NAE_ERA_R-2078_Sihtasutus_Eesti_Kontsert, lk 169
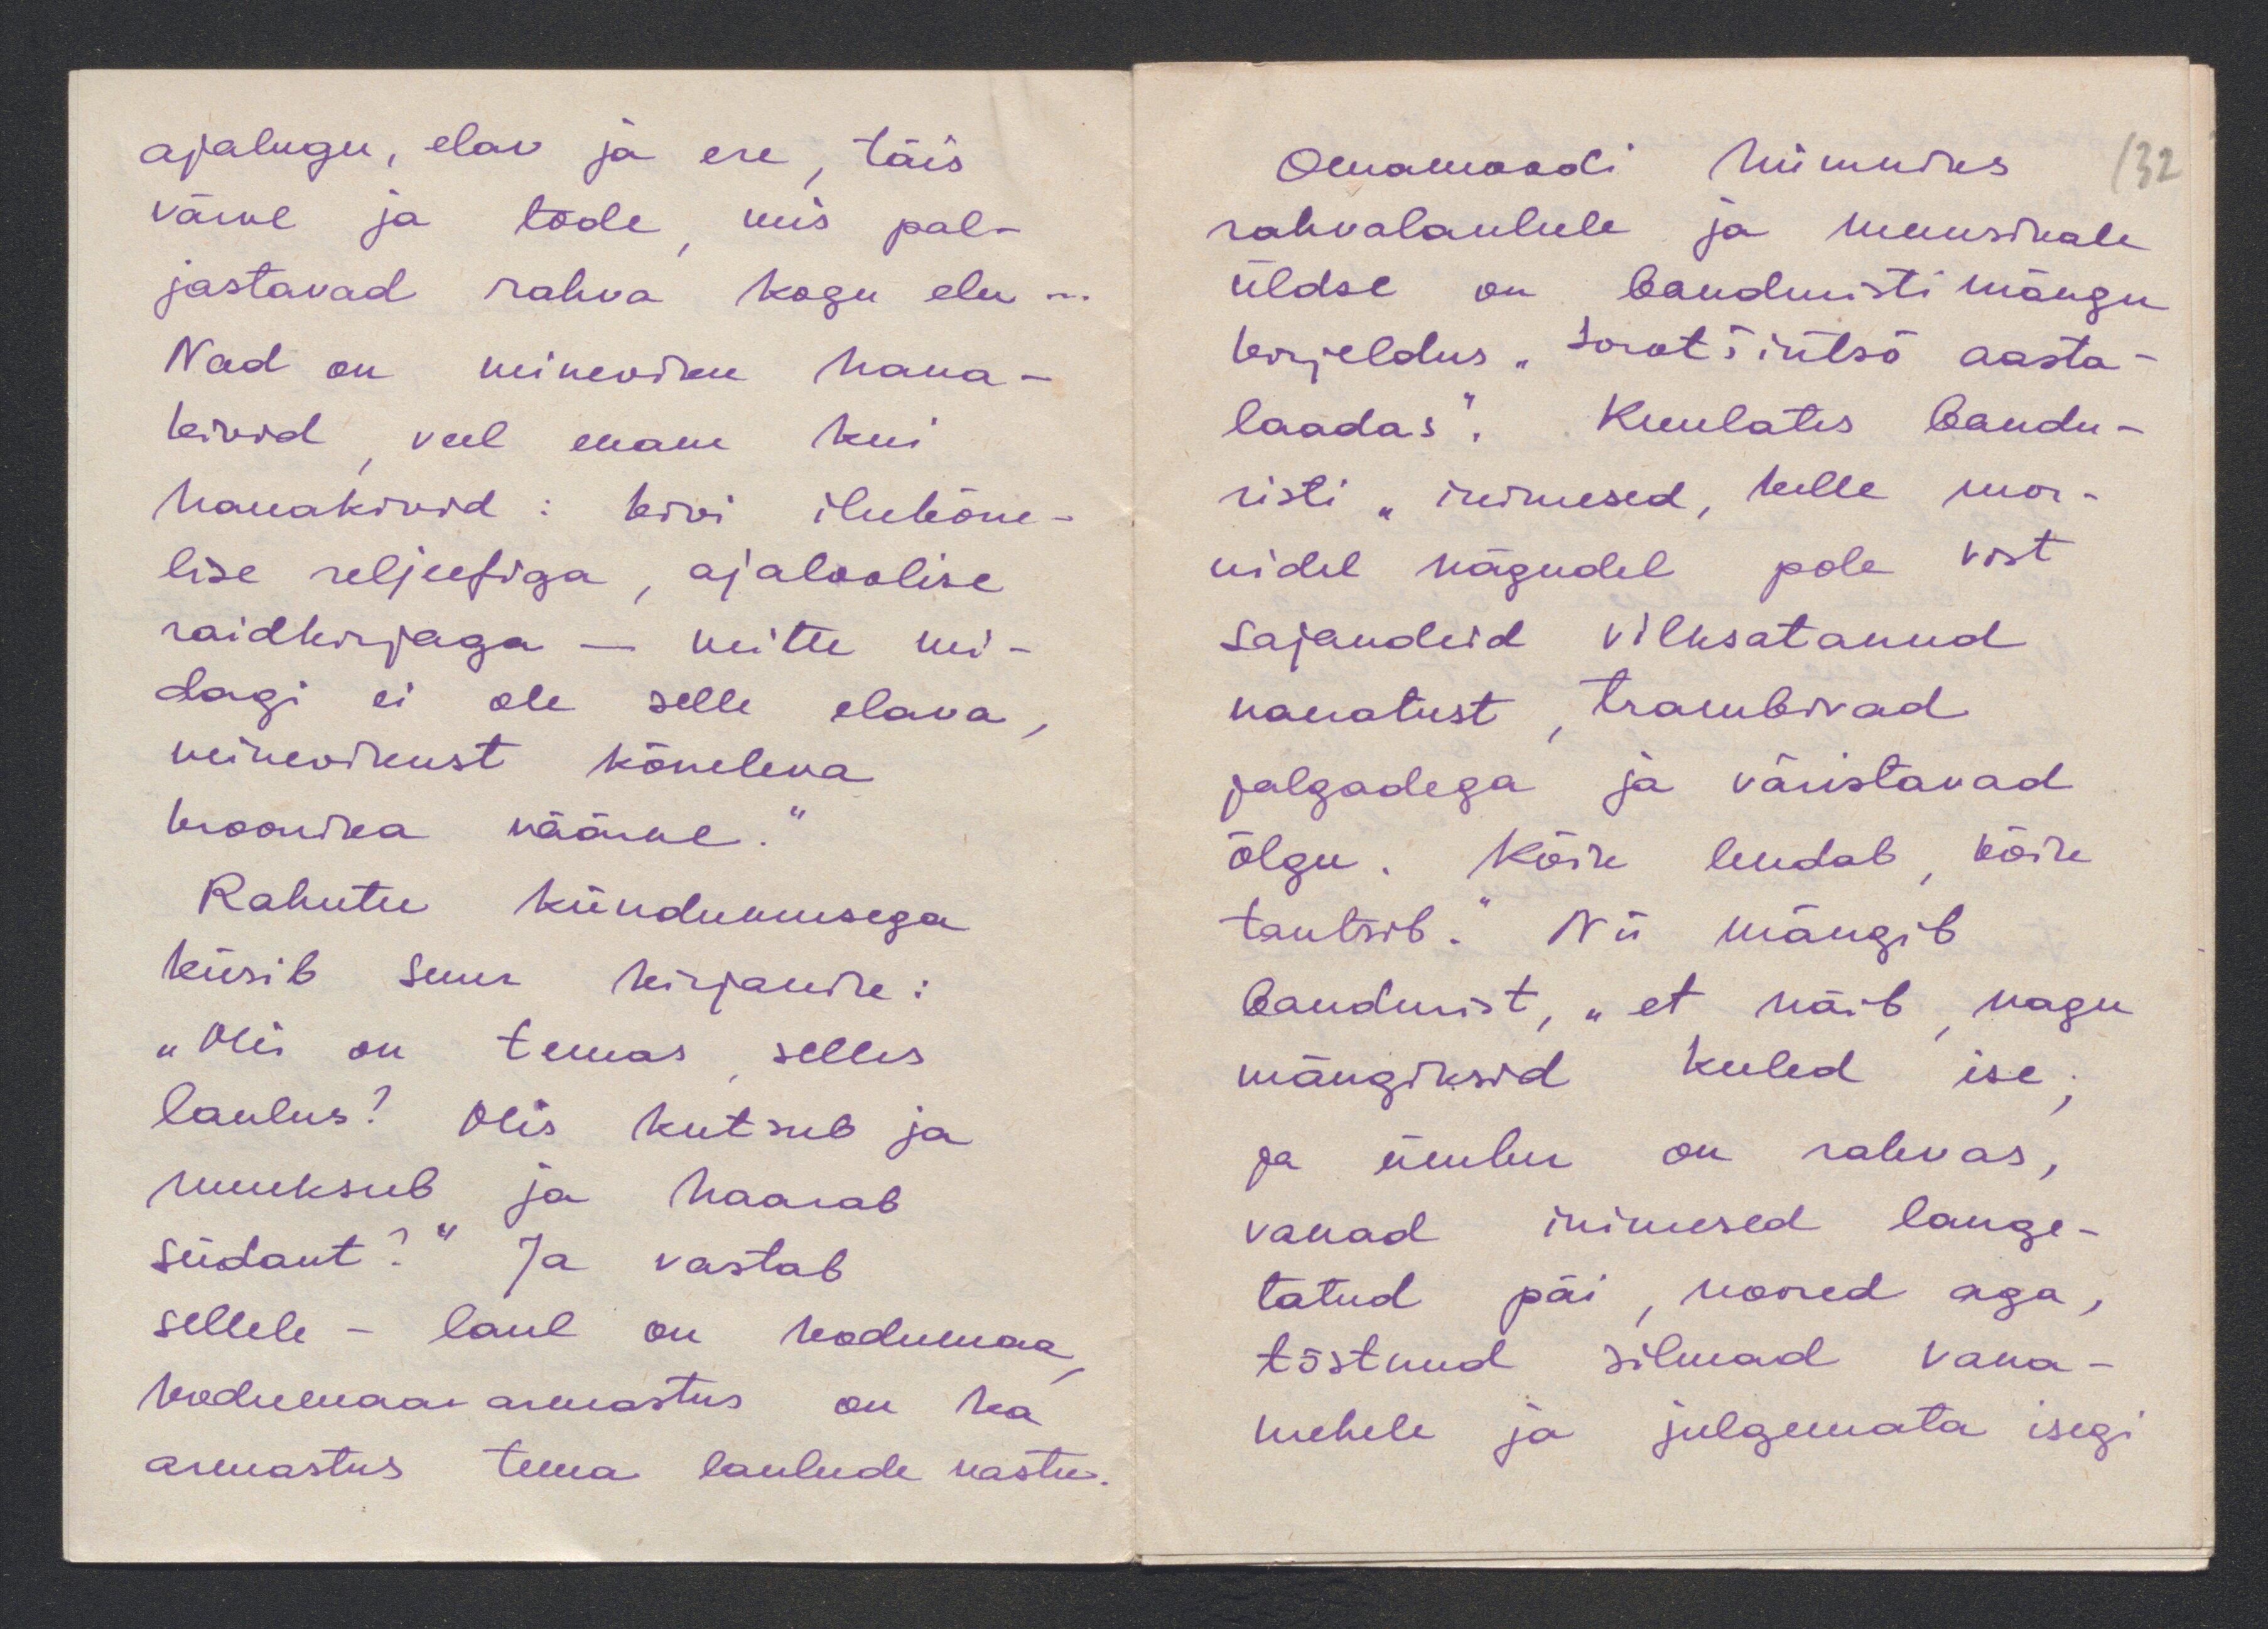
ajalugu, elav ja ere, täis
värve ja tõde mis pal-
jastavad rahva kogu elu...
Nad on mineviku haua-
kivid, veel enam kui
hauakivid: kivi ilukõne-
lise reljeefiga, ajaloolise
raidkirjaga - mitte kui-
dagi ei ole selle elava,
minevikust kõneleva
kroonika väärne."
Rahutu kiindumusega
küsib suur kirjanik:
"Olis on temas, selles
laulus? Olis kutsub ja
nuuksub ja haarab
südant?" Ja vastab
sellele - laul on kodumaa,
kodumaa armastus on ka
armastus tema laulude vastu.

132
Omamoodi kui mures
rahvalaulule ja muusikale
üldse on banduristi mängu
kirjeldus "Sorotšintsõ aasta-
laadas", Kuulates bandu-
risti " inimesed, kelle mor-
nidel nägudel pole vist
sajandeid vilksatanud
naeratust, trambivad
jalgadega ja väristavad
õlgu. Kõik lendab, kõik
tantsib." Nii mängib
baudurist, "et näib, nagu
mängiksid keeled ise:
ja ümber on rahvas,
vanad inimesed lange-
tatud päi, noored aga,
tõstnud silmad Vana-
mehele ja julgemata isegi